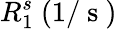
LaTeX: R_{1}^{s}~(1/\mathrm{~s~})